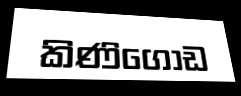
කිණිගොඩ